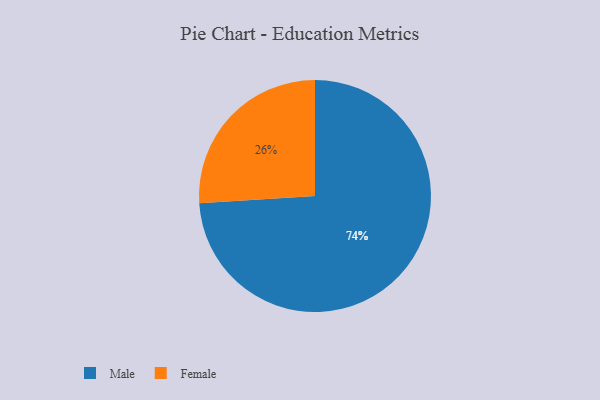
{"axis": {"x": "Category", "y": "Percentage"}, "legend": ["Female", "Male"], "data": [{"x": "Female", "y": 26, "type": "Female"}, {"x": "Male", "y": 74, "type": "Male"}]}